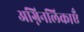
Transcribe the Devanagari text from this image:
अग्निनलिकाएँ